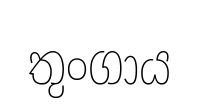
තුංගාය